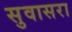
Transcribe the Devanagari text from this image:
सुवासरा